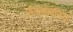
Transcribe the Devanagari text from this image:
संपसादनिया